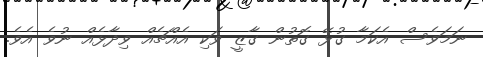
ނަމަވެސް އެކަމާ ގުޅޭ ގޮތުން ގާޒީ ވަކި އެއްޗެއް ވިދާޅެއް ނުވެ އެވެ.